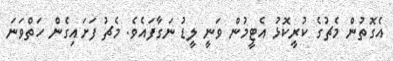
އެގޮތުން މެޗުގެ ކުރީކޮޅު އެޓީމުން ވަނީ ލީޑު ނަގާފައެވެ. މެޗު ފަށައިގެން ހަތްވަނަ